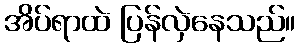
အိပ်ရာထဲ ပြန်လှဲနေသည်။